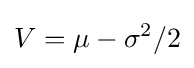
V=\mu -\sigma ^{2}/2